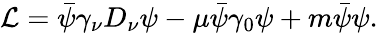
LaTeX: {\cal L}=\bar{\psi}\gamma_{\nu}D_{\nu}\psi-\mu\bar{\psi}\gamma_{0}\psi+m\bar{\psi}\psi.